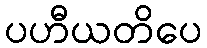
ပဟီယတိပေ